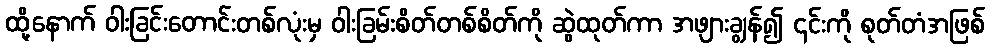
ထို့နောက် ဝါးခြင်းတောင်းတစ်လုံးမှ ဝါးခြမ်းစိတ်တစ်စိတ်ကို ဆွဲထုတ်ကာ အဖျားချွန်၍ ၎င်းကို စုတ်တံအဖြစ်